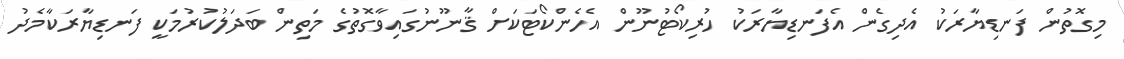
މިގޮތުން ފަނޑިޔާރަކު އެދިގެން އެފަނޑިޔާރަކު ހުރިކޯޓުނޫން އެހެންކޯޓަކަށް ޤާނޫނުގައިވާގޮތުގެ މަތިން ބަދަލުކުރުމަކީ ފަނޑިޔާރަކާމެދު